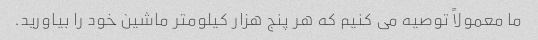
ما معمولاً توصیه می کنیم که هر پنج هزار کیلومتر ماشین خود را بیاورید.